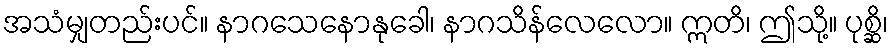
အသံမျှတည်းပင်။ နာဂသေနောနုခေါ၊ နာဂသိန်လေလော။ ဣတိ၊ ဤသို့။ ပုစ္ဆိ၊